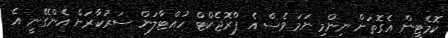
ކޮމެޓީން އެގޮތަށް ނިންމި ނަމަވެސް އެ ޕްރޮޖެކްޓް ހުއްޓާލަން ސަރުކާރަށް އެންގޭނީ އެ